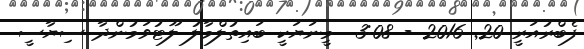
ފެބްރުއަރީ 20